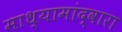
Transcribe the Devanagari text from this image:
माध्यामांद्वारा